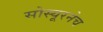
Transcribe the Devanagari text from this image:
सोस्यूरनेच